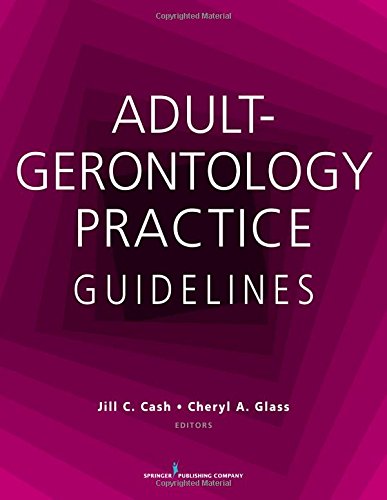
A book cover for Adult-Gerontology Practice Guidelines; Medical Books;